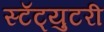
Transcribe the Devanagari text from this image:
स्टॅट्युटरी